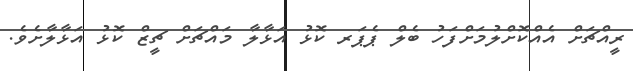
ރީއްޗަށް އެއްކޮށްލުމަށްފަހު ބެލް ޕެޕަރ ކޮޅު އަޅާލާ މައްޗަށް ޗީޒް ކޮޅު އަޅާލާށެވެ.